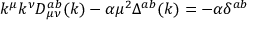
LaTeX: k ^ { \mu } k ^ { \nu } D _ { \mu \nu } ^ { a b } ( k ) - \alpha \mu ^ { 2 } \Delta ^ { a b } ( k ) = - \alpha \delta ^ { a b }